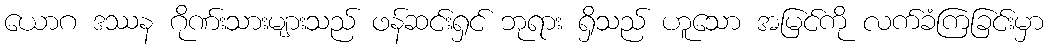
ယောဂ ဒဿန ဂိုဏ်းသားများသည် ဖန်ဆင်းရှင် ဘုရား ရှိသည် ဟူသော အမြင်ကို လက်ခံကြခြင်းမှာ